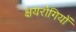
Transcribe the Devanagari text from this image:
क्षयरोगियों